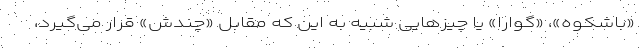
«باشکوه»، «گوارا» یا چیزهایی شبیه به این که مقابل «چندش» قرار می‌گیرد،